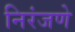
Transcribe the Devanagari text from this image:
निरंजणे